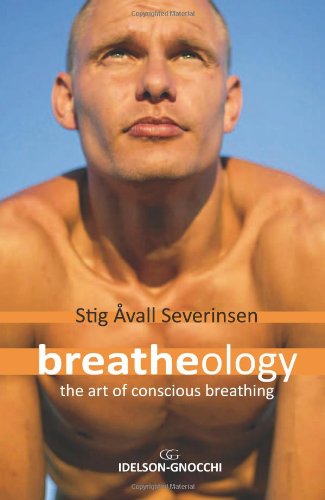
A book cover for Breatheology; Stig Avall Severinsen; Health, Fitness & Dieting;